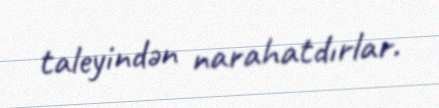
taleyindən narahatdırlar.